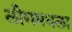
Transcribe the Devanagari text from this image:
लीगमधला